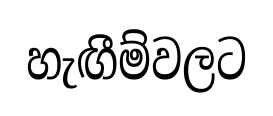
හැඟීම්වලට